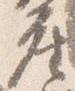
座